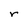
Character: r